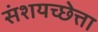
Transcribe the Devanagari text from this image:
संशयच्छेत्ता